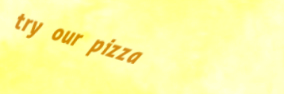
try our pizza